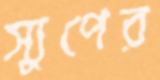
স্যুপের